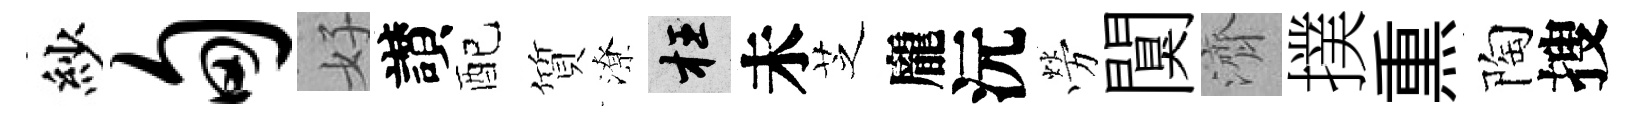
紗甸好讃配質潦枉未芝龐沅勞闃濟撲𤋱陶搜